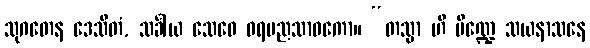
သုဂတေန ဒေသိတံ, သင်္ခါယ သေဝေ ဝရပညသာဝကော။ “တသ္မာ ဟိ ပိဏ္ဍေ သယနာသနေ